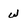
Character: W